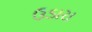
ઉડારા